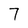
Character: 7